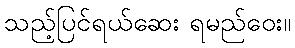
သည့်ပြင်ရယ်ဆေး ရမည်ဝေး။